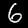
Label: 6